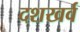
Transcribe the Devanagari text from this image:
दशखर्व